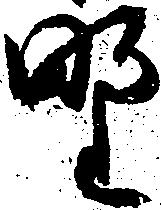
野